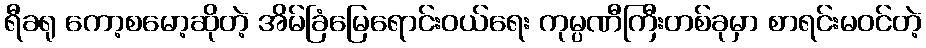
ရီခရု ကော့စမော့ဆိုတဲ့ အိမ်ခြံမြေရောင်းဝယ်ရေး ကုမ္ပဏီကြီးတစ်ခုမှာ စာရင်းမဝင်တဲ့